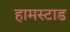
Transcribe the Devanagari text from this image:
हामस्टाड